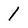
Character: 1